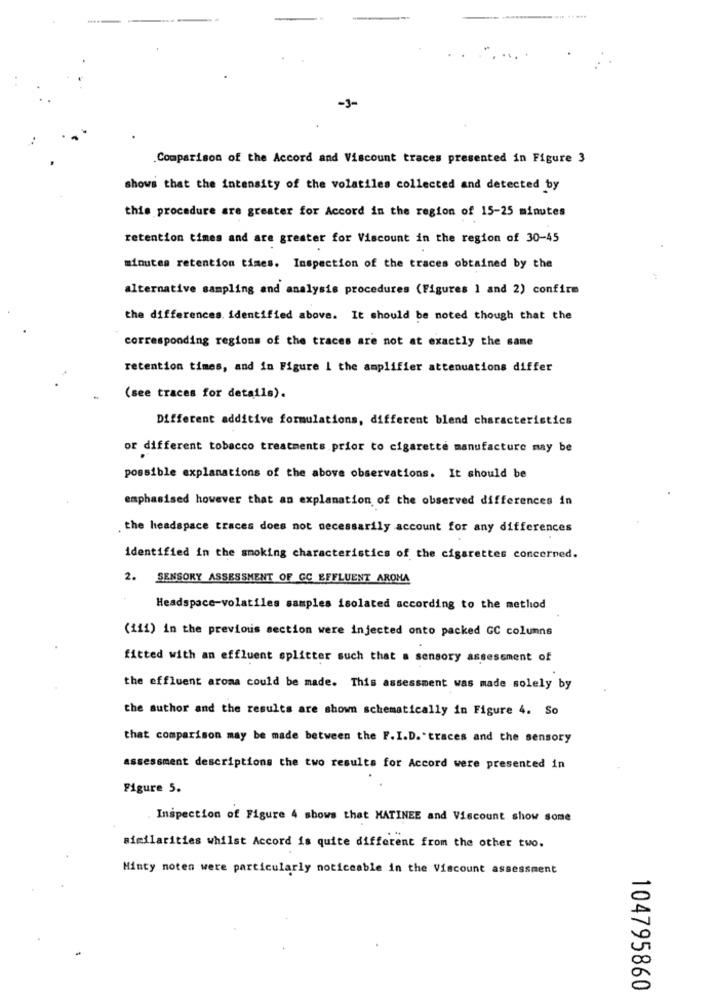
-J-
.Comparison of the Accord and Viscount traces presented in Figure 3
shows that the intensity of the volatiles collected and detected by
this procedure are greater for Accord in the region of 15-25 minutes
retention times and are greater for Viscount in the region of 30-45
minutes retention times. Inspection of the traces obtained by the
alternative sampling and analysis procedures (Figures 1 and 2) confirm
the differences. identified above. It should be noted though that the
corresponding regions of the traces are not at exactly the same
retention times, and in Figure 1 the amplifier attenuations differ
(see traces for details).
Different additive formulations, different blend characteristics
or different tobacco treatments prior to cigarette manufacture may be
possible explanations of the above observations. It should be
emphasised however that an explanation of the observed differences in
the headspace traces does not necessarily account for any differences
identified in the smoking characteristics of the cigarettes concerned.
2.
SENSORY ASSESSMENT OF GC EFFLUENT AROMA
Headspace-volatiles samples isolated according to the method
(111) in the previous section were injected onto packed GC columns
fitted with an effluent splitter such that a sensory assessment of
the effluent aroma could be made. This assessment was made solely by
the author and the results are shown schematically in Figure 4. So
that comparison may be made between the F. I.D. traces and the sensory
assessment descriptions the two results for Accord were presented in
Figure 5.
Inspection of Figure 4 shows that MATINEE and Viscount show some
similarities whilst Accord is quite different from the other two.
Minty noten were particularly noticeable in the Viscount assessment
104795860